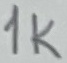
Text: 1k